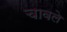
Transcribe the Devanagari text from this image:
चावले